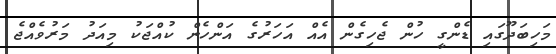
މަހިބަދޫގައި ޑެންގީ ހުން ޖެހިގެން އެއް އަހަރުގެ އަންހެން ކުއްޖަކު މިއަދު މަރުވެއްޖެ